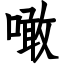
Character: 噉